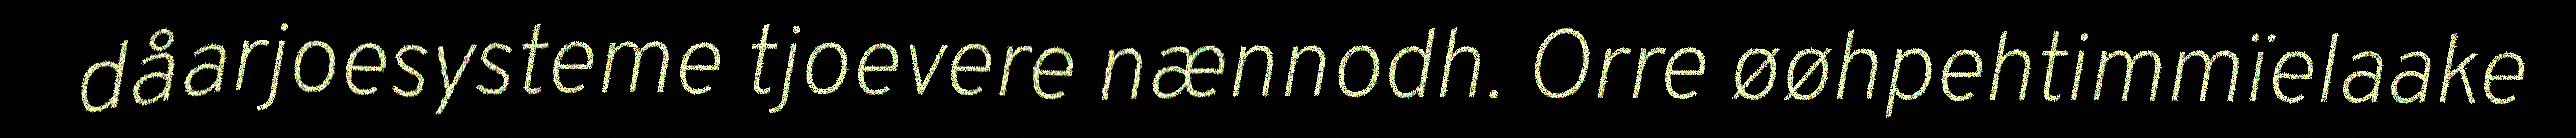
dåarjoesysteme tjoevere nænnodh. Orre øøhpehtimmïelaake